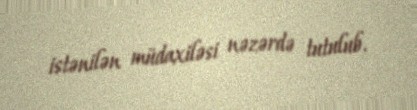
istənilən müdaxiləsi nəzərdə tutulub.